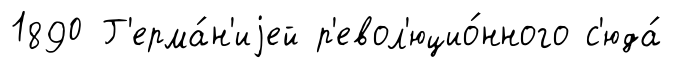
1890 Г'ерма́н'иjей р'евол'юцио́нного с'юда́